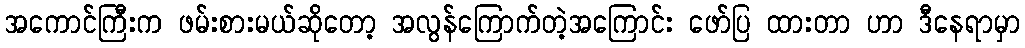
အကောင်ကြီးက ဖမ်းစားမယ်ဆိုတော့ အလွန်ကြောက်တဲ့အကြောင်း ဖော်ပြ ထားတာ ဟာ ဒီနေရာမှာ